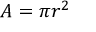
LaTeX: A = \pi r ^ { 2 }